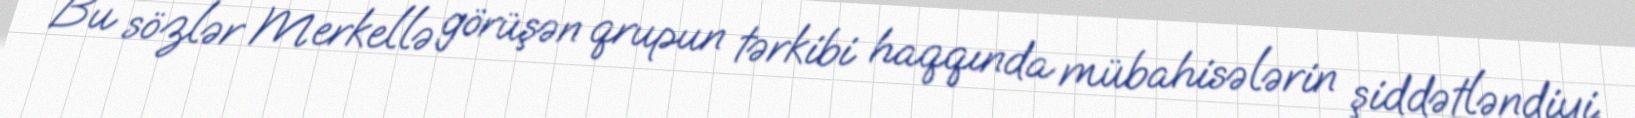
Bu sözlər Merkellə görüşən qrupun tərkibi haqqında mübahisələrin şiddətləndiyi,